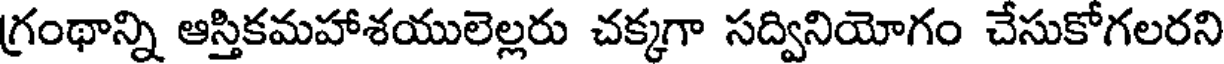
గ్రంథాన్ని ఆస్తికమహాశయులెల్లరు చక్కగా సద్వినియోగం చేసుకోగలరని